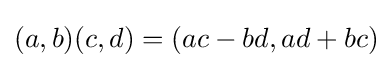
(a,b)(c,d)=(ac-bd,ad+bc)